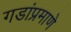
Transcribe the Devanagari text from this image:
गडांप्रमाणे